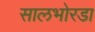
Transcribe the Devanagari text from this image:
सालभोरडा